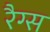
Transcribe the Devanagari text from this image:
रैग्स